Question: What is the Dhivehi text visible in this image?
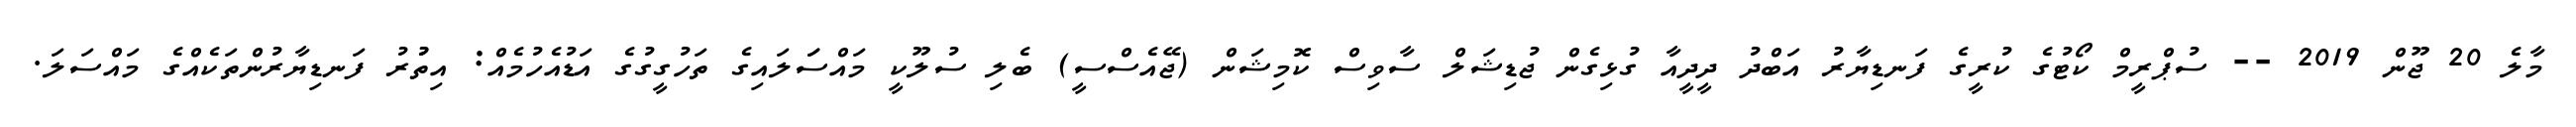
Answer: މާލެ 20 ޖޫން 2019 -- ސުޕްރީމް ކޯޓުގެ ކުރީގެ ފަނޑިޔާރު އަބްދު ދީދީއާ ގުޅިގެން ޖުޑިޝަލް ސާވިސް ކޮމިޝަން (ޖޭއެސްސީ) ބެލި ސުލޫކީ މައްސަަލައިގެ ތަހުގީގުގެ އަޑުއެހުމެއް: އިތުުރު ފަނޑިޔާރުންތަކެއްގެ މައްސަލަ.